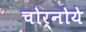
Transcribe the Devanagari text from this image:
चोर्नोये